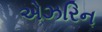
એઝરિન